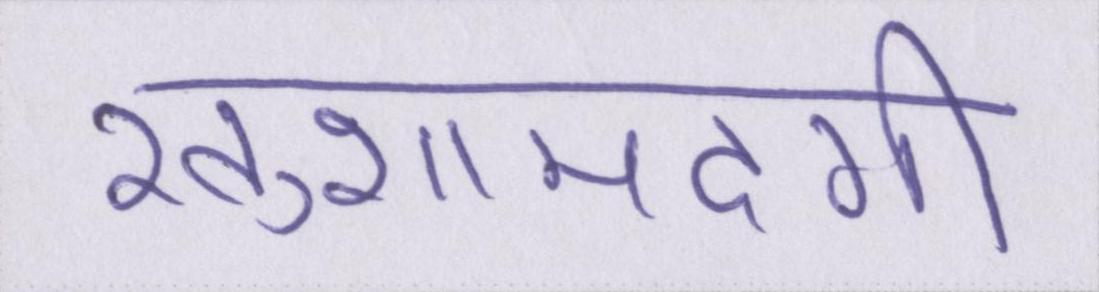
खुशामदगी